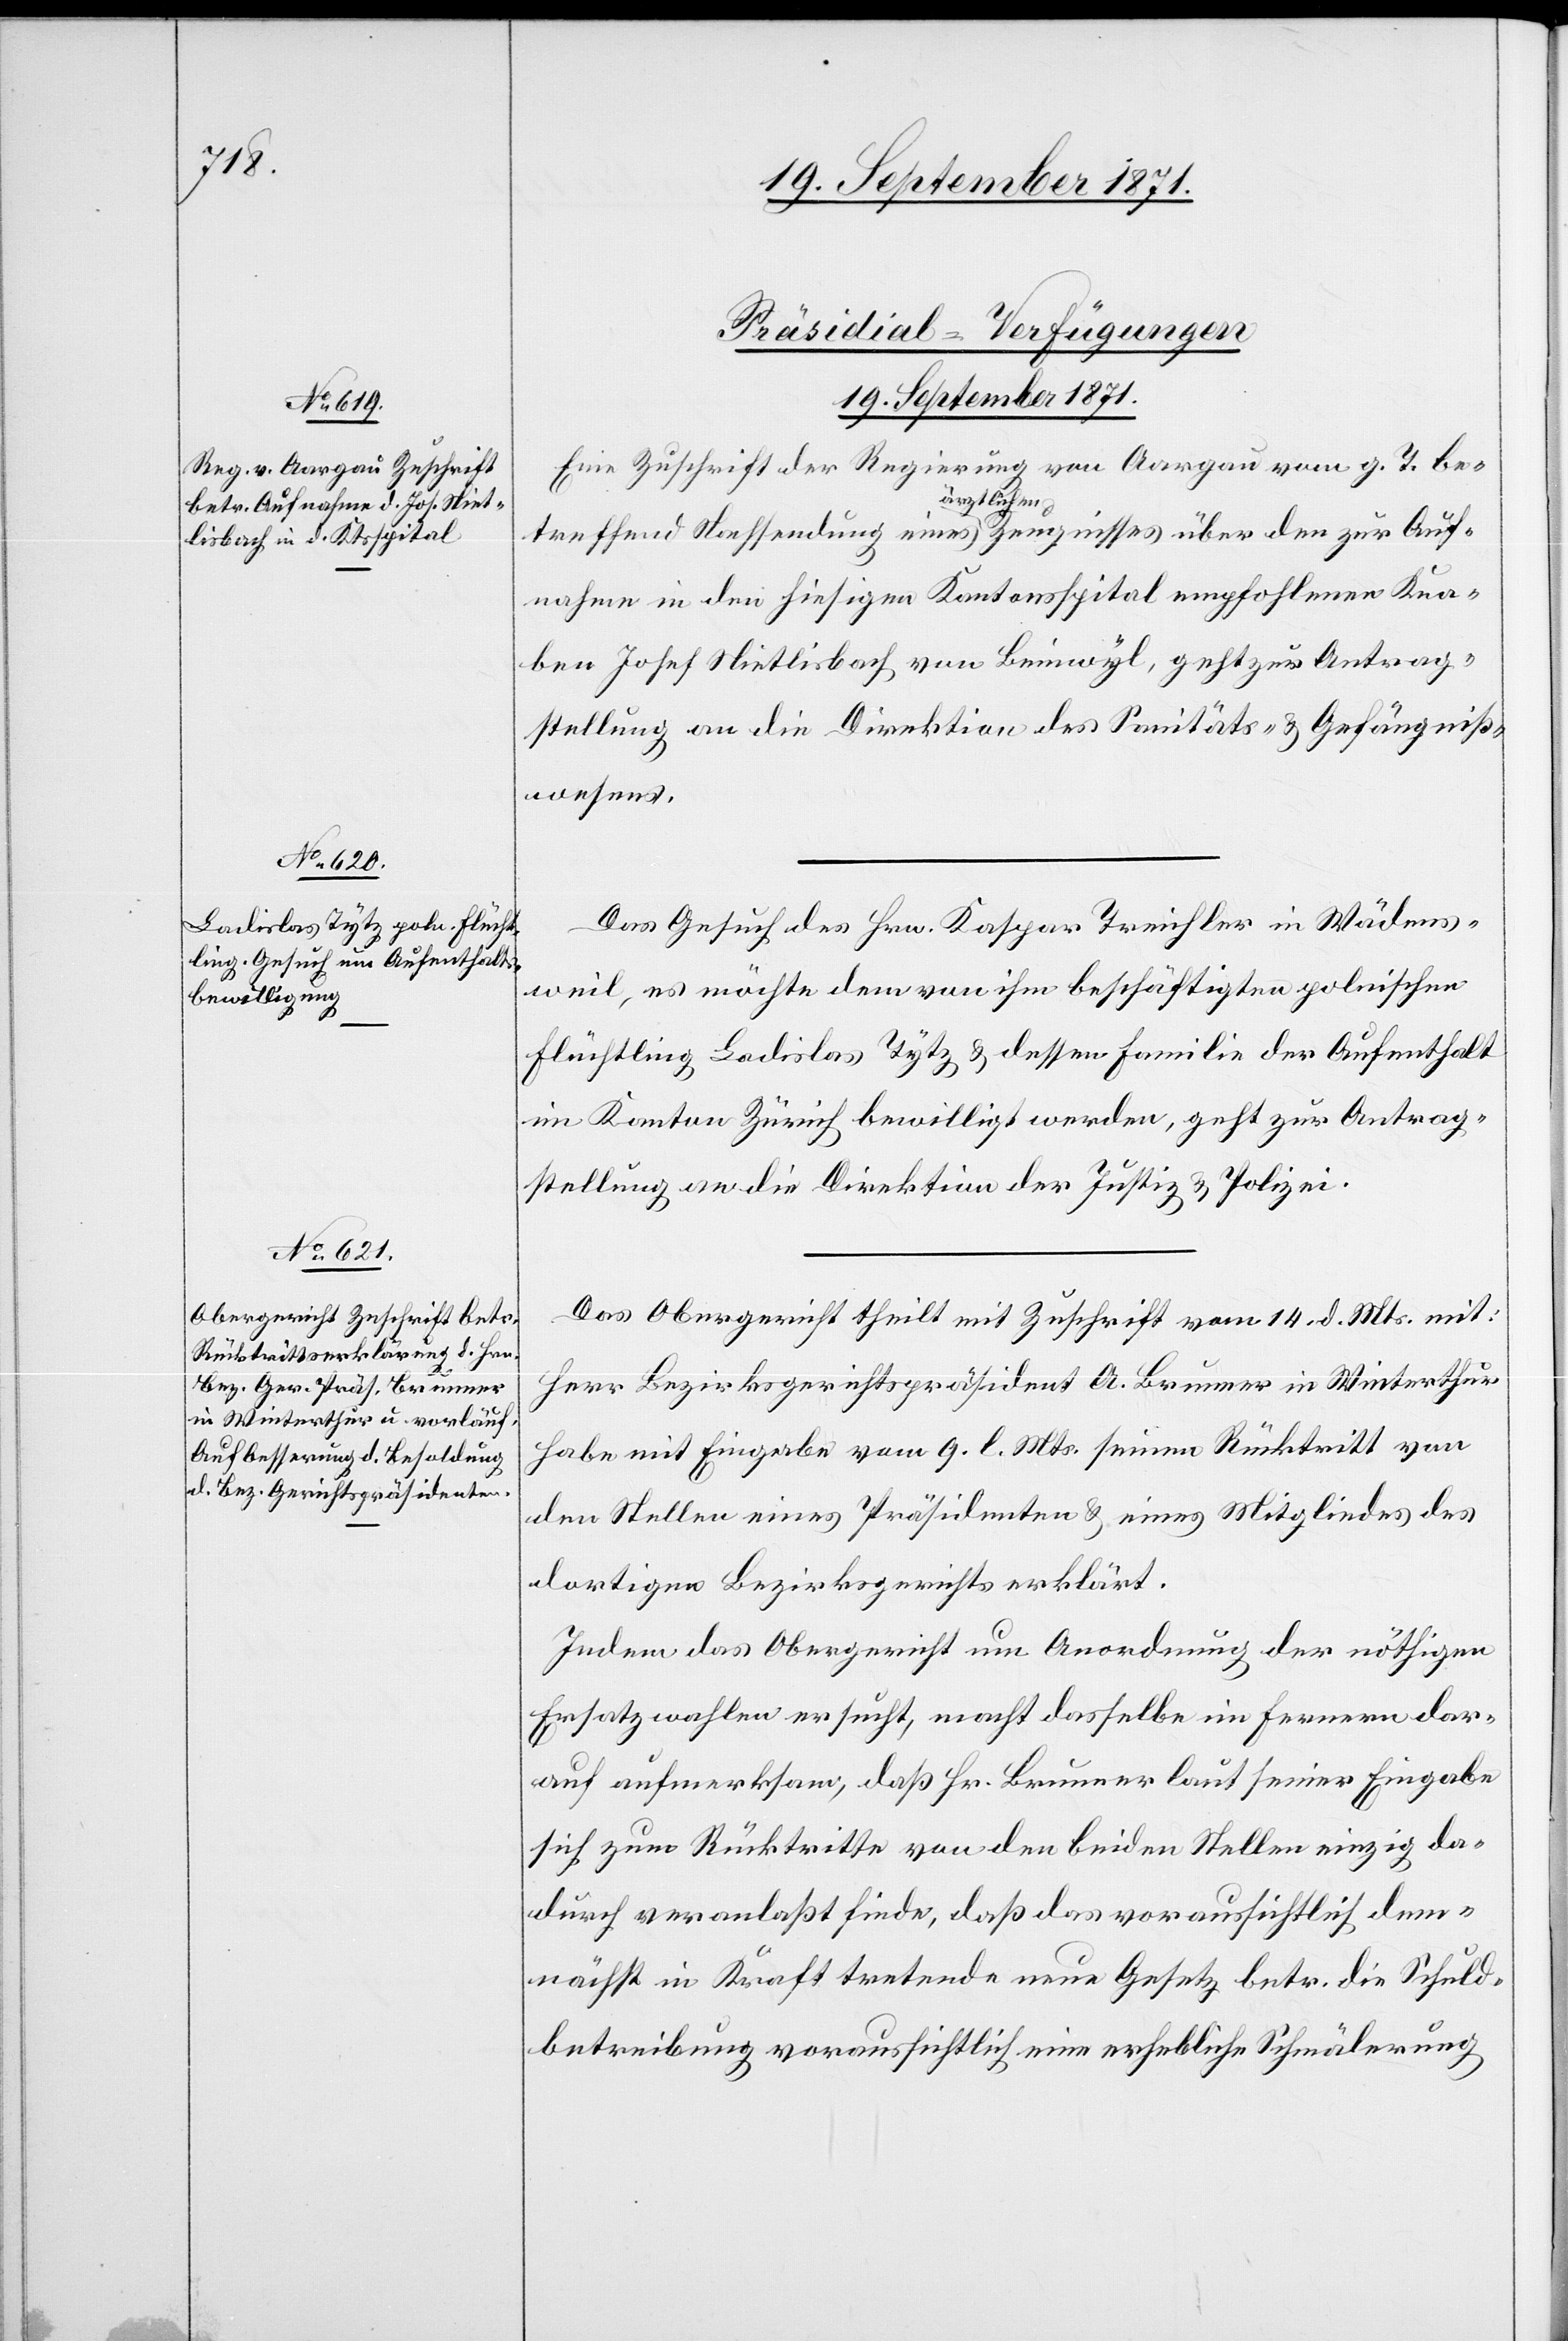
[Präsidial-Verfügungen.
19. September 1871.]
Eine Zuschrift der Regierung von Aargau vom g. T. be¬
treffend Nachsendung eines ärztlichen Zeugnisses über den zur Auf¬
nahme in den hiesigen Kantonsspital empfohlenen Kna¬
ben Josef Nietlisbach von Beinwyl, geht zur Antrag¬
stellung an die Direktion des Sanitäts- & Gefängniß¬
wesens.
Das Gesuch des Hrn. Kaspar Treichler in Wädens¬
weil, es möchte dem von ihm beschäftigten polnischen
Flüchtling Ladislav Tytz & dessen Familie der Aufenthalt
im Kanton Zürich bewilligt werden, geht zur Antrag¬
stellung an die Direktion der Justiz & Polizei.
Das Obergericht theilt mit Zuschrift vom 14. d. Mts. mit:
Herr Bezirksgerichtspräsident A. Brunner in Winterthur
habe mit Eingabe vom 9. l. Mts. seinen Rücktritt von
der Stelle eines Präsidenten & eines Mitgliedes des
dortigen Bezirksgerichts erklärt.
Indem das Obergericht um Anordnung der nöthigen
Ersatzwahlen ersucht, macht dasselbe im ferneren dar¬
auf aufmerksam, daß Hr. Brunner laut seiner Eingabe
sich zum Rücktritte von den beiden Stellen einzig da¬
durch veranlaßt finde, daß das voraussichtlich dem¬
nächst in Kraft tretende neue Gesetz betr. die Schuld¬
betreibung voraussichtlich eine erhebliche Schmälerung